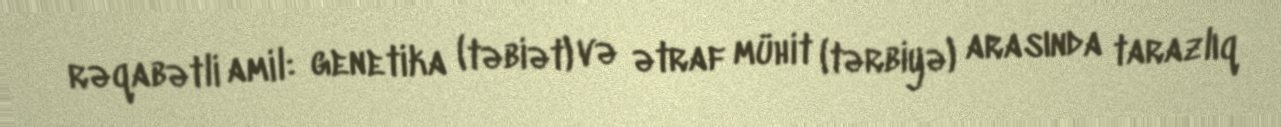
rəqabətli amil: genetika (təbiət) və ətraf mühit (tərbiyə) arasında tarazlıq